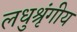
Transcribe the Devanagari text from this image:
लधुश्रृंगीय